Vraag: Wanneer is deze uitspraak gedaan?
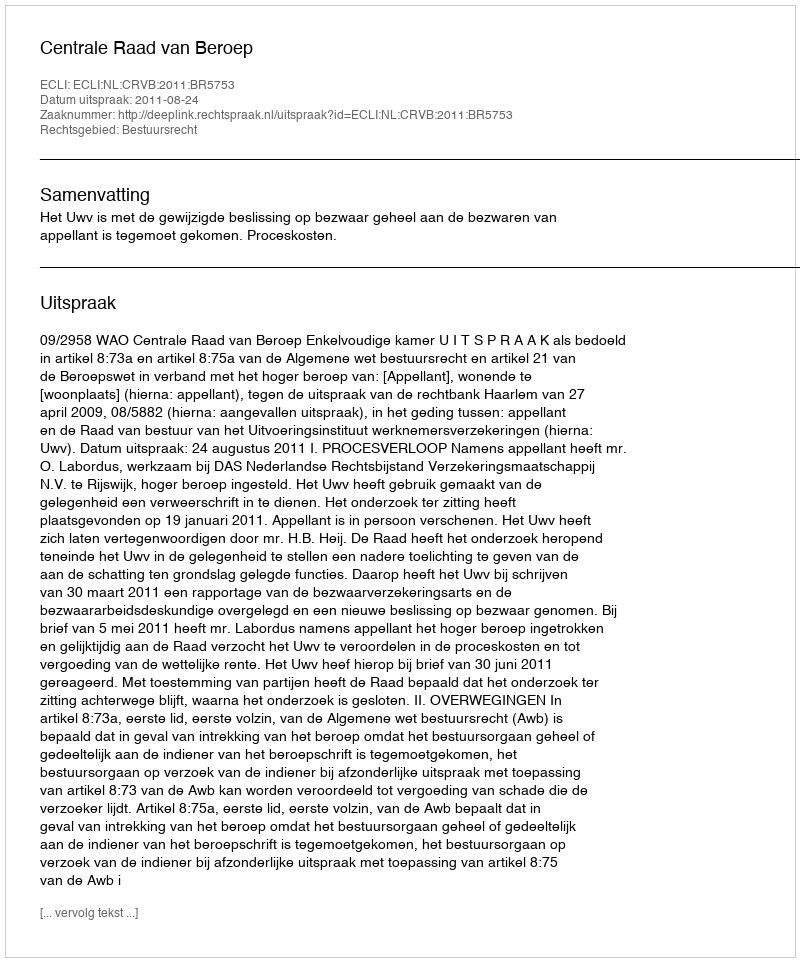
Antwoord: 2011-08-24